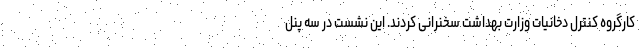
کارگروه کنترل دخانیات وزارت بهداشت سخنرانی کردند. این نشست در سه پنل